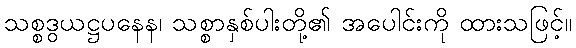
သစ္စဒွယဋ္ဌပနေန၊ သစ္စာနှစ်ပါးတို့၏ အပေါင်းကို ထားသဖြင့်။